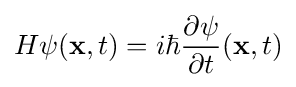
H\psi (\mathbf {x} ,t)=i\hbar {\frac {\partial \psi }{\partial t}}(\mathbf {x} ,t)